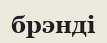
брэнді